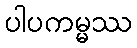
ပါပကမ္မဿ